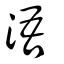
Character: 浯